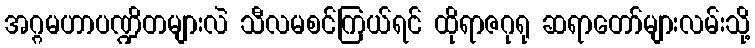
အဂ္ဂမဟာပဏ္ဍိတများလဲ သီလမစင်ကြယ်ရင် ထိုရာဇဂုရု ဆရာတော်များလမ်းသို့